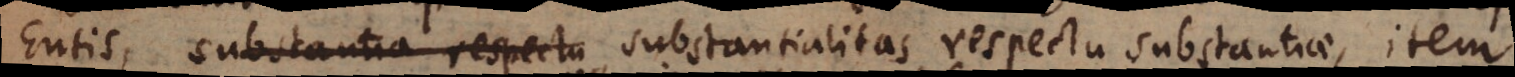
Entis, substantia respectu substantialitas respectu substantiae, item